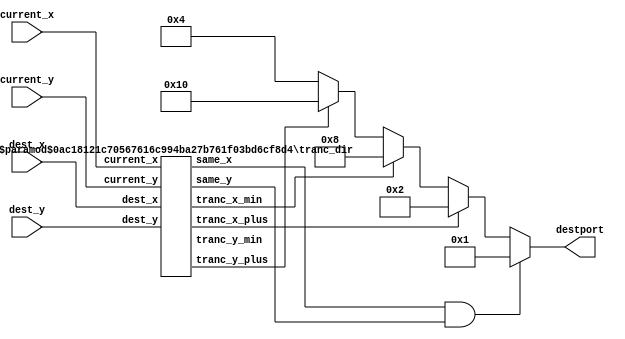
`timescale 1ns/1ps

/**********************************************************************
**    
**	Copyright (C) 2014-2017  Alireza Monemi
**    
**	This file is part of ProNoC 
**
**	ProNoC ( stands for Prototype Network-on-chip)  is free software: 
**	you can redistribute it and/or modify it under the terms of the GNU
**	Lesser General Public License as published by the Free Software Foundation,
**	either version 2 of the License, or (at your option) any later version.
**
** 	ProNoC is distributed in the hope that it will be useful, but WITHOUT
** 	ANY WARRANTY; without even the implied warranty of MERCHANTABILITY
** 	or FITNESS FOR A PARTICULAR PURPOSE.  See the GNU Lesser General
** 	Public License for more details.
**
** 	You should have received a copy of the GNU Lesser General Public
** 	License along with ProNoC. If not, see <http:**www.gnu.org/licenses/>.
**
**
**	Description: 
**	Different routing algorithms (determinstic,partially adaptive and fully adaptive)
**	for 2D torus-based topology
**
**************************************************************/


/********************************************
                    Deterministic
*********************************************/

    /********************************************
                        TRANC
    *********************************************/
module tranc_xy_routing #(
    parameter NX   =    4,
    parameter NY   =    4,
    parameter OUT_BIN =    0   // 1: destination port is in binary format 0: onehot 
    
)
(
    current_x,
    current_y,
    dest_x,
    dest_y,
    destport
    
);


    function integer log2;
      input integer number; begin   
         log2=(number <=1) ? 1: 0;    
         while(2**log2<number) begin    
            log2=log2+1;    
         end 	   
      end   
    endfunction // log2 
    
    localparam  P           =   5,
                Xw          =   log2(NX),
                Yw          =   log2(NY),
                Pw          =   log2(P),
                DSTw        =   (OUT_BIN)? Pw : P;
    
    
    input   [Xw-1       :   0] current_x;
    input   [Yw-1       :   0] current_y;
    input   [Xw-1       :   0] dest_x;
    input   [Yw-1       :   0] dest_y;
    output  [DSTw -1    :   0] destport;
    
    localparam      LOCAL   =   (OUT_BIN)?  3'd0    : 5'b00001,  
                    EAST    =   (OUT_BIN)?  3'd1    : 5'b00010,   
                    NORTH   =   (OUT_BIN)?  3'd2    : 5'b00100,    
                    WEST    =   (OUT_BIN)?  3'd3    : 5'b01000,  
                    SOUTH   =   (OUT_BIN)?  3'd4    : 5'b10000;    
    
    reg [DSTw-1            :0] destport_next;
    wire tranc_x_plus,tranc_y_plus,tranc_x_min,tranc_y_min;
    wire same_x,same_y;
    
    
    tranc_dir #(
        .NX(NX),
        .NY(NY)
    )
    tranc_dir(
        .tranc_x_plus(tranc_x_plus),
        .tranc_x_min(tranc_x_min),
        .tranc_y_plus(tranc_y_plus),
        .tranc_y_min(tranc_y_min),
        .same_x(same_x),
        .same_y(same_y),
        .current_x(current_x),
        .current_y(current_y),
        .dest_x(dest_x),
        .dest_y(dest_y)
        
    );
        
    always@(*)begin
        if (same_x & same_y) destport_next= LOCAL;
        else    begin 
            if            (tranc_x_plus)     destport_next= EAST;
            else if        (tranc_x_min)    destport_next= WEST;
            else if     (tranc_y_plus)    destport_next= SOUTH;
            else                        destport_next= NORTH;
        end
    end

    assign destport= destport_next;
    
    endmodule

/********************************************
                    Partial adaptive
*********************************************/

    /********************************************
                    TRANC West-First 
    *********************************************/

    
    module tranc_west_first_routing #(
       parameter NX   =   4,
       parameter NY    =   4
    )
    (       
        current_x,  // current router x address
        current_y,  // current router y address
        dest_x,     // destination x address
        dest_y,     // destination y address
        destport    // router output port
        
        
    );

        
    

    function integer log2;
      input integer number; begin   
         log2=(number <=1) ? 1: 0;    
         while(2**log2<number) begin    
            log2=log2+1;    
         end        
      end   
    endfunction // log2 
    
    
    localparam  P   =   5,
                P_1 =   P-1,
                Xw  =   log2(NX),
                Yw  =   log2(NY);

    input  [Xw-1        :0] current_x;
    input  [Yw-1        :0] current_y;
    input  [Xw-1        :0] dest_x;
    input  [Yw-1        :0] dest_y;
    output [P_1-1       :0] destport;
   

        
    localparam LOCAL=   3'd0;  
    localparam EAST =   3'd1; 
    localparam NORTH=   3'd2;  
    localparam WEST =   3'd3;  
    localparam SOUTH=   3'd4;  
        
    wire tranc_x_plus,tranc_y_plus,tranc_x_min,tranc_y_min;
    wire same_x,same_y;
    
    
    tranc_dir #(
        .NX(NX),
        .NY(NY)
    )
    tranc_dir(
        .tranc_x_plus(tranc_x_plus),
        .tranc_x_min(tranc_x_min),
        .tranc_y_plus(tranc_y_plus),
        .tranc_y_min(tranc_y_min),
        .same_x(same_x),
        .same_y(same_y),
        .current_x(current_x),
        .current_y(current_y),
        .dest_x(dest_x),
        .dest_y(dest_y)
        
    );
    
    reg [P-1    :    0]    possible_out_port;
    
    always @(*)begin     
        possible_out_port = 5'd0;
        if(same_x && same_y) begin
            possible_out_port [LOCAL]=1'b1;
        end
        else if       (tranc_x_min) begin 
            possible_out_port [WEST]    = 1'b1;
        end
        else if (tranc_x_plus && tranc_y_min) begin
            possible_out_port [EAST]=1'b1;
            possible_out_port [NORTH]=1'b1;
        end
        else if(tranc_x_plus && tranc_y_plus) begin
            possible_out_port [EAST]=1'b1;
            possible_out_port [SOUTH]=1'b1;
        end
        else if( tranc_x_plus && same_y) begin 
            possible_out_port [EAST]=1'b1;
        end
        else if(same_x && tranc_y_min) begin 
            possible_out_port [NORTH]=1'b1;
        end
        else if(same_x && tranc_y_plus) begin 
            possible_out_port [SOUTH]=1'b1;
        end
    end    
    
    // code the destination port
    wire x,y,a,b;
    assign x = tranc_x_plus;
    assign y = tranc_y_plus;
    assign a = possible_out_port[EAST] | possible_out_port[WEST]; 
    assign b = possible_out_port[NORTH]| possible_out_port[SOUTH];
    assign destport = {x,y,a,b};
    
    
    endmodule
    
    
    
    /********************************************
                    TRANC North-Last 
    *********************************************/

    
    module tranc_north_last_routing #(
       parameter NX   =   4,
       parameter NY    =   4
    )
    (       
        current_x,  // current router x address
        current_y,  // current router y address
        dest_x,     // destination x address
        dest_y,     // destination y address
        destport    // router output port
        
        
    );

        
    
 
    
    function integer log2;
      input integer number; begin   
         log2=(number <=1) ? 1: 0;    
         while(2**log2<number) begin    
            log2=log2+1;    
         end 	   
      end   
    endfunction // log2 
    
    
    localparam  P   =   5,
                P_1 =   P-1,
                Xw  =   log2(NX),
                Yw  =   log2(NY);

    input  [Xw-1        :0] current_x;
    input  [Yw-1        :0] current_y;
    input  [Xw-1        :0] dest_x;
    input  [Yw-1        :0] dest_y;
    output [P_1-1       :0] destport;
   

        
    localparam LOCAL=   3'd0;  
    localparam EAST =   3'd1; 
    localparam NORTH=   3'd2;  
    localparam WEST =   3'd3;  
    localparam SOUTH=   3'd4;  
        
    wire tranc_x_plus,tranc_y_plus,tranc_x_min,tranc_y_min;
    wire same_x,same_y;
    
    
    tranc_dir #(
        .NX(NX),
        .NY(NY)
    )
    tranc_dir(
        .tranc_x_plus(tranc_x_plus),
        .tranc_x_min(tranc_x_min),
        .tranc_y_plus(tranc_y_plus),
        .tranc_y_min(tranc_y_min),
        .same_x(same_x),
        .same_y(same_y),
        .current_x(current_x),
        .current_y(current_y),
        .dest_x(dest_x),
        .dest_y(dest_y)
        
    );
    
    reg [P-1    :   0]  possible_out_port;
    
     // north last routing algorithm does not allow turns from north to east or from north to west.
    
   always @(*)begin     
        possible_out_port       = 5'd0;
        if(same_x &&  same_y) begin 
            possible_out_port [LOCAL]=1'b1;
        end
        else if (tranc_x_min && tranc_y_min) begin 
            possible_out_port   [WEST]= 1'b1;
           // possible_out_port   [NORTH]= 1'b1;
        end 
        else if (tranc_x_min && tranc_y_plus) begin 
            possible_out_port   [WEST]= 1'b1;
            possible_out_port   [SOUTH]= 1'b1;
        end 
        else if (tranc_x_plus &&  tranc_y_min) begin 
            possible_out_port   [EAST]= 1'b1;
           // possible_out_port   [NORTH]= 1'b1;
            
        end
        else if (tranc_x_plus &&  tranc_y_plus) begin 
            possible_out_port   [EAST]= 1'b1;
            possible_out_port   [SOUTH]= 1'b1;
        end
        else if (tranc_x_min && same_y) begin 
            possible_out_port   [WEST]= 1'b1;
        end
        else if (tranc_x_plus && same_y) begin 
            possible_out_port   [EAST]= 1'b1;
        end
        else if (same_x && tranc_y_min) begin 
            possible_out_port   [NORTH]= 1'b1;
        end
        else if (same_x && tranc_y_plus) begin 
            possible_out_port   [SOUTH]= 1'b1;
        end
    end
    
    // code the destination port
    wire x,y,a,b;
    assign x = tranc_x_plus;
    assign y = tranc_y_plus;
    assign a = possible_out_port[EAST] | possible_out_port[WEST]; 
    assign b = possible_out_port[NORTH]| possible_out_port[SOUTH];
    assign destport = {x,y,a,b};
    
    
    endmodule
    
    


    /********************************************
                    TRANC North-Last 
    *********************************************/

    
    module tranc_negetive_first_routing #(
       parameter NX   =   4,
       parameter NY   =   4
    )
    (       
        current_x,  // current router x address
        current_y,  // current router y address
        dest_x,     // destination x address
        dest_y,     // destination y address
        destport    // router output port
        
        
    );

        
    

    function integer log2;
      input integer number; begin   
         log2=(number <=1) ? 1: 0;    
         while(2**log2<number) begin    
            log2=log2+1;    
         end        
      end   
    endfunction // log2 
    
    
    localparam  P   =   5,
                P_1 =   P-1,
                Xw  =   log2(NX),
                Yw  =   log2(NY);

    input  [Xw-1        :0] current_x;
    input  [Yw-1        :0] current_y;
    input  [Xw-1        :0] dest_x;
    input  [Yw-1        :0] dest_y;
    output [P_1-1       :0] destport;
   

        
    localparam LOCAL=   3'd0;  
    localparam EAST =   3'd1; 
    localparam NORTH=   3'd2;  
    localparam WEST =   3'd3;  
    localparam SOUTH=   3'd4;  
        
    wire tranc_x_plus,tranc_y_plus,tranc_x_min,tranc_y_min;
    wire same_x,same_y;
    
    
    tranc_dir #(
        .NX(NX),
        .NY(NY)
    )
    tranc_dir(
        .tranc_x_plus(tranc_x_plus),
        .tranc_x_min(tranc_x_min),
        .tranc_y_plus(tranc_y_plus),
        .tranc_y_min(tranc_y_min),
        .same_x(same_x),
        .same_y(same_y),
        .current_x(current_x),
        .current_y(current_y),
        .dest_x(dest_x),
        .dest_y(dest_y)
        
    );
    
    reg [P-1    :   0]  possible_out_port;
    
     // The negetive fist routing algorithm does net allow turns from north to west or from east to south.
    
   always @(*)begin     
        possible_out_port       = 5'd0;
        if(same_x &&  same_y) begin 
            possible_out_port [LOCAL]=1'b1;
        end
        else if (tranc_x_min && tranc_y_min) begin 
            possible_out_port   [WEST]= 1'b1;
           // possible_out_port   [NORTH]= 1'b1;
        end 
        else if (tranc_x_min && tranc_y_plus) begin 
            possible_out_port   [WEST]= 1'b1;
            possible_out_port   [SOUTH]= 1'b1;
        end 
        else if (tranc_x_plus &&  tranc_y_min) begin 
            possible_out_port   [EAST]= 1'b1;
            possible_out_port   [NORTH]= 1'b1;
            
        end
        else if (tranc_x_plus &&  tranc_y_plus) begin 
           // possible_out_port   [EAST]= 1'b1;
            possible_out_port   [SOUTH]= 1'b1;
        end
        else if (tranc_x_min && same_y) begin 
            possible_out_port   [WEST]= 1'b1;
        end
        else if (tranc_x_plus && same_y) begin 
            possible_out_port   [EAST]= 1'b1;
        end
        else if (same_x && tranc_y_min) begin 
            possible_out_port   [NORTH]= 1'b1;
        end
        else if (same_x && tranc_y_plus) begin 
            possible_out_port   [SOUTH]= 1'b1;
        end
    end
    
    // code the destination port
    wire x,y,a,b;
    assign x = tranc_x_plus;
    assign y = tranc_y_plus;
    assign a = possible_out_port[EAST] | possible_out_port[WEST]; 
    assign b = possible_out_port[NORTH]| possible_out_port[SOUTH];
    assign destport = {x,y,a,b};
    
    
    endmodule
    


/***********************************
        fully adaptive

***********************************/

    /************************************

        Duatos Fully Adaptive

    *************************************/    
    
    
    
    module tranc_duato_routing #(
        parameter NX  =   4,
        parameter NY  =   4
    )
    (       
        current_x,  // current router x address
        current_y,  // current router y address
        dest_x,     // destination x address
        dest_y,     // destination y address
        destport    // router output port
       
        
    );

        
    

    function integer log2;
      input integer number; begin   
         log2=(number <=1) ? 1: 0;    
         while(2**log2<number) begin    
            log2=log2+1;    
         end        
      end   
    endfunction // log2 
    
    
    localparam  P   =   5,
                P_1 =   P-1,
                Xw  =   log2(NX),
                Yw  =   log2(NY);

    input  [Xw-1        :0] current_x;
    input  [Yw-1        :0] current_y;
    input  [Xw-1        :0] dest_x;
    input  [Yw-1        :0] dest_y;
    output [P_1-1       :0] destport;
   

        
    localparam LOCAL=   3'd0;  
    localparam EAST =   3'd1; 
    localparam NORTH=   3'd2;  
    localparam WEST =   3'd3;  
    localparam SOUTH=   3'd4;  
    
    
    wire tranc_x_plus,tranc_y_plus,tranc_x_min,tranc_y_min;
    wire same_x,same_y;
    
    
    tranc_dir #(
        .NX(NX),
        .NY(NY)
    )
    tranc_dir(
        .tranc_x_plus(tranc_x_plus),
        .tranc_x_min(tranc_x_min),
        .tranc_y_plus(tranc_y_plus),
        .tranc_y_min(tranc_y_min),
        .same_x(same_x),
        .same_y(same_y),
        .current_x(current_x),
        .current_y(current_y),
        .dest_x(dest_x),
        .dest_y(dest_y)
        
    );
    
    
    reg [P-1    :    0]    possible_out_port;
    
    
    always @(*)begin     
        possible_out_port         = 5'd0;
        if(same_x &&  same_y) begin 
            possible_out_port [LOCAL]=1'b1;
        end
        else if (tranc_x_min && tranc_y_min) begin 
            possible_out_port     [WEST]= 1'b1;
            possible_out_port     [NORTH]= 1'b1;
        end 
        else if (tranc_x_min && tranc_y_plus) begin 
            possible_out_port     [WEST]= 1'b1;
            possible_out_port     [SOUTH]= 1'b1;
        end 
        else if (tranc_x_min &&    same_y) begin 
            possible_out_port     [WEST]= 1'b1;
        end
        else if (tranc_x_plus &&  tranc_y_min) begin 
            possible_out_port     [EAST]= 1'b1;
            possible_out_port     [NORTH]= 1'b1;
            
        end
        else if (tranc_x_plus &&  tranc_y_plus) begin 
            possible_out_port     [EAST]= 1'b1;
            possible_out_port     [SOUTH]= 1'b1;
        end
        else if (tranc_x_plus && same_y) begin 
            possible_out_port     [EAST]= 1'b1;
        end
        else if (same_x && tranc_y_min) begin 
            possible_out_port     [NORTH]= 1'b1;
        end
        else if (same_x && tranc_y_plus) begin 
            possible_out_port     [SOUTH]= 1'b1;
        end
    end
    
    // code the destination port
    wire x,y,a,b;
    assign x = tranc_x_plus;
    assign y = tranc_y_plus;
    assign a = possible_out_port[EAST] | possible_out_port[WEST]; 
    assign b = possible_out_port[NORTH]| possible_out_port[SOUTH];
    assign destport = {x,y,a,b};
    
    
    endmodule
    
    
    
    /****************************************
    
       tranc_dir
    
    
    ****************************************/

module tranc_dir #(
    parameter NX   =    4,
    parameter NY   =    4
)(
    current_x,
    current_y,
    dest_x,
    dest_y,
    tranc_x_plus,
    tranc_x_min,
    tranc_y_plus,
    tranc_y_min,
    same_x,
    same_y
);


 
    function integer log2;
      input integer number; begin   
         log2=(number <=1) ? 1: 0;    
         while(2**log2<number) begin    
            log2=log2+1;    
         end        
      end   
    endfunction // log2 
    
    
    localparam  Xw          =   log2(NX),
                Yw          =   log2(NY);

    output reg tranc_x_plus;
    output reg tranc_x_min;
    output reg tranc_y_plus;
    output reg tranc_y_min;
    output     same_x,same_y;
    
    input   [Xw-1       :   0] current_x;
    input   [Yw-1       :   0] current_y;
    input   [Xw-1       :   0] dest_x;
    input   [Yw-1       :   0] dest_y;

    localparam SIGNED_X_WIDTH   =  (Xw<3) ? 4 : Xw+1;
    localparam SIGNED_Y_WIDTH   =  (Yw<3) ? 4 : Yw+1;
    
    wire signed [SIGNED_X_WIDTH-1       :0] xc;//current 
    wire signed [SIGNED_X_WIDTH-1       :0] xd;//destination
    wire signed [SIGNED_Y_WIDTH-1       :0] yc;//current 
    wire signed [SIGNED_Y_WIDTH-1       :0] yd;//destination
    wire signed [SIGNED_X_WIDTH-1       :0] xdiff;
    wire signed [SIGNED_Y_WIDTH-1       :0] ydiff; 
    
    
    assign  xc  ={{(SIGNED_X_WIDTH-Xw){1'b0}}, current_x [Xw-1      :0]};
    assign  yc  ={{(SIGNED_Y_WIDTH-Yw){1'b0}}, current_y [Yw-1      :0]};
    assign  xd  ={{(SIGNED_X_WIDTH-Xw){1'b0}}, dest_x};
    assign  yd  ={{(SIGNED_Y_WIDTH-Yw){1'b0}}, dest_y};
    assign  xdiff   = xd-xc;
    assign  ydiff   = yd-yc;
    
    always@ (*)begin 
        tranc_x_plus    =1'b0;
        tranc_x_min     =1'b0;
        tranc_y_plus    =1'b0;
        tranc_y_min     =1'b0;
        if(xdiff!=0)begin 
            if ((xdiff ==1) || 
                 (xdiff == (-NX+1)) ||
                 ((xc == (NX-4)) && (xd == (NX-2))) ||
                 ((xc >= (NX-2)) && (xd <= (NX-4))) ||
                 ((xdiff> 0) && (xd<= (NX-3)))) 
                    tranc_x_plus    = 1'b1;
            else    tranc_x_min     = 1'b1;
        end
        if(ydiff!=0)begin   
            if ((ydiff ==1) ||
                (ydiff == (-NY+1)) ||
                ((yc == (NY-4)) && (yd == (NY-2))) ||
                ((yc    >= NY-2) && (yd<= NY-4)) ||
                ((ydiff > 0) && (yd<= NY-3)))
                    tranc_y_plus    = 1'b1;
            else    tranc_y_min     = 1'b1;
        end
    end//always
    
    assign same_x = (xdiff == 0);
    assign same_y = (ydiff == 0);
    
    
endmodule